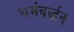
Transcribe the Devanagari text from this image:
धर्मवर्द्धन